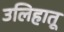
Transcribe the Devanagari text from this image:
उलिहातू